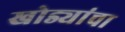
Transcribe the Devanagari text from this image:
खोड्यांचा